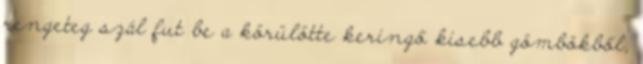
rengeteg szál fut be a körülötte keringő kisebb gömbökből,